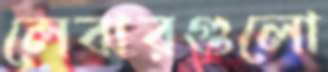
লেবারগুলো